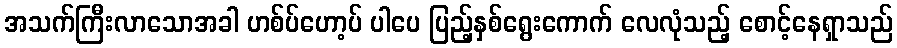
အသက်ကြီးလာသောအခါ ဟစ်ပ်ဟော့ပ် ပါပေ ပြည့်နှစ်ရွေးကောက် လေလုံသည့် စောင့်နေရှာသည်